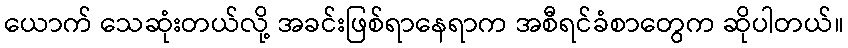
ယောက် သေဆုံးတယ်လို့ အခင်းဖြစ်ရာနေရာက အစီရင်ခံစာတွေက ဆိုပါတယ်။